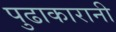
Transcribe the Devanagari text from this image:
पुढाकारानी